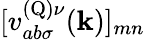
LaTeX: [v_{ab\sigma}^{(\textrm{Q})\nu}(\mathbf{k})]_{mn}